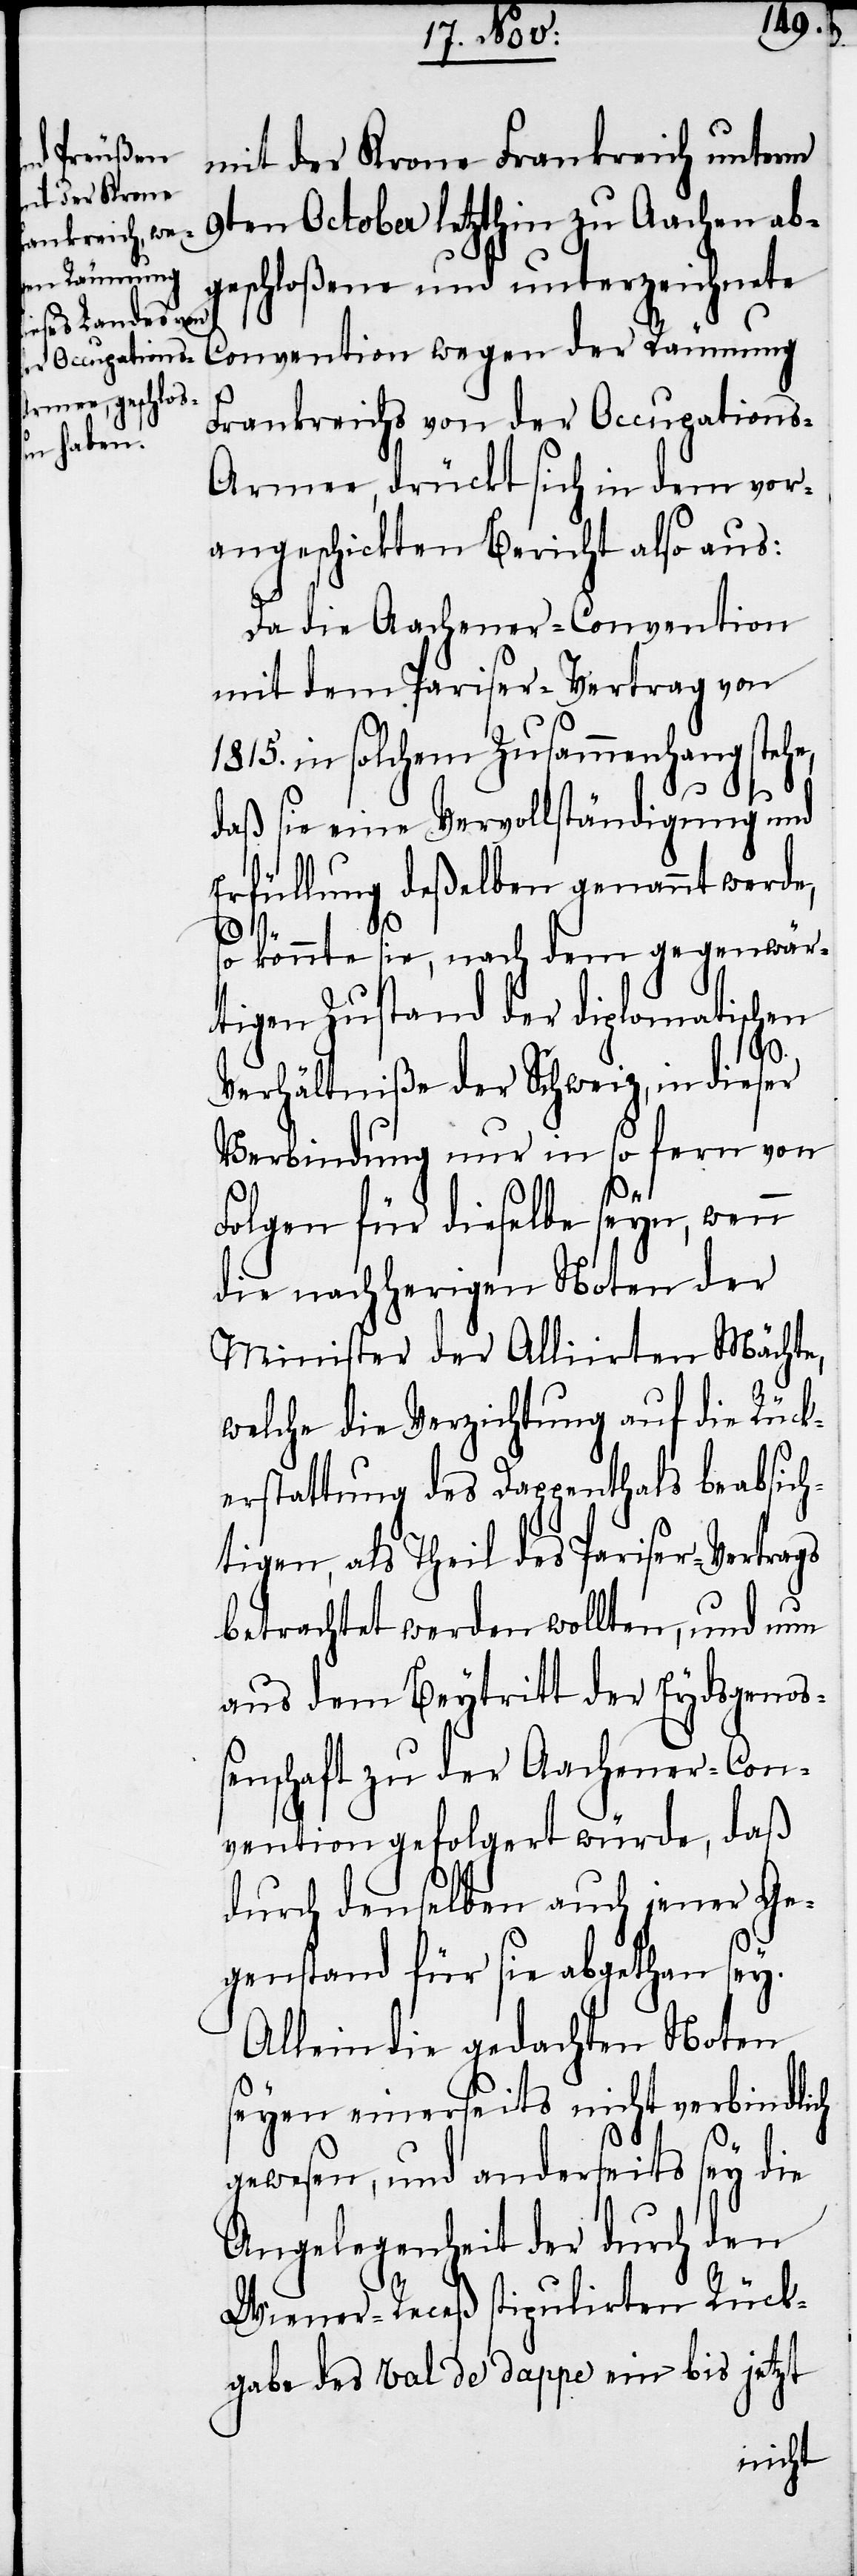
mit der Krone Frankreich unterm
9ten October letzthin zu Aachen ab¬
geschloßene und unterzeichnete
Convention wegen der Räumung
Frankreichs von der Occupations-A¬
rmee, drückt sich in dem vor¬
angeschickten Bericht also aus:
Da die Aachener-Convention
mit dem Pariser-Vertrag von
1815. in solchem Zusammenhang stehe,
daß sie eine Vervollständigung und
Erfüllung deßelben genannt werde,
so könnte sie, nach dem gegenwär¬
tigen Zustand der diplomatischen
Verhältniße der Schweiz, in dieser
Verbindung nur in so fern von
Folgen für dieselbe seyn, wenn
die nachherigen Noten der
Minister der Alliirten Mächte,
welche die Verzichtung auf die Rück¬
erstattung des Dappenthals beabsich¬
tigen, als Theil des Pariser-Vertrags
betrachtet werden sollten, und nun
aus dem Beytritt der Eydsgenoß¬
enschaft zu der Aachener-Con¬
vention gefolgert würde, daß
durch denselben auch jener Ge¬
genstand für sie abgethan sey.
Allein die gedachten Noten
seyen einerseits nicht verbindlich
gewesen, und anderseits sey die
Angelegenheit der durch den
Wiener-Receß stipulirten Rück¬
gabe des Val de dappe ein bis jetzt